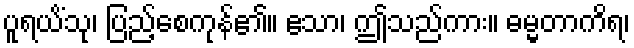
ပူရယိံသု၊ ပြည့်စေကုန်၏။ ဧသာ၊ ဤသည်ကား။ ဓမ္မတာကိရ၊